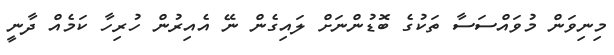
މިނިވަން މުވައްސަސާ ތަކުގެ ބޮޑުންނަށް ލައިގެން ނޭ އެއިރުން ހުރިހާ ކަމެއް ދާނީ